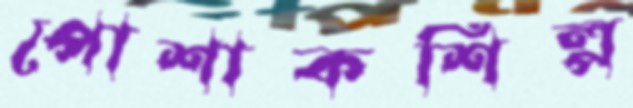
পোশাকশিল্প